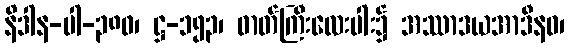
နိဒါန-ပါ-၃၈၀၊ ဋ္ဌ-၁၅၃၊ ဓာတ်ကြီးလေးပါး၌ အဿာဒယအာဒီနဝ၊